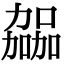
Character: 𫦹